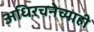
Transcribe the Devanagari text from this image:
अधिरचनेच्याही